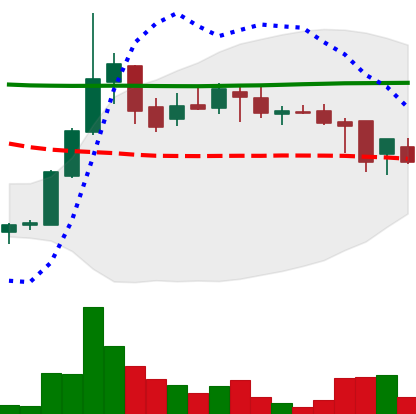
Ticker: DOGE-USD
Chart end date: 2018-08-02
Forward return: -9.335%
Label: down_7plus